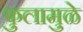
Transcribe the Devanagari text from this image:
फुलामुळे